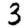
Digit: 3